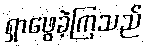
ရှာဖွေခဲ့ကြသည်